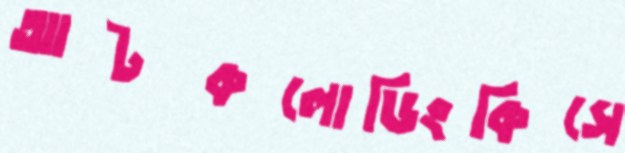
আটকলোডিংকিসে